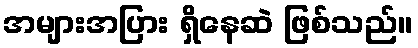
အများအပြား ရှိနေဆဲ ဖြစ်သည်။